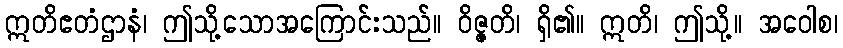
ဣတိဧတံဌာနံ၊ ဤသို့သောအကြောင်းသည်။ ဝိဇ္ဇတိ၊ ရှိ၏။ ဣတိ၊ ဤသို့။ အဝေါစ၊